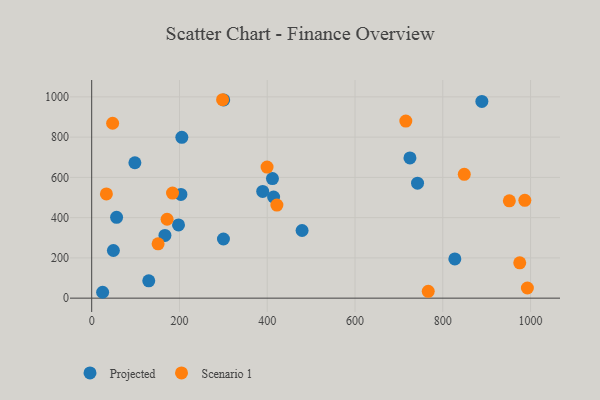
{"axis": {"x": "Speed", "y": "Profit"}, "legend": ["Projected", "Scenario 1"], "data": [{"x": "98.4", "y": 672.8, "type": "Projected"}, {"x": "742.5", "y": 571.4, "type": "Projected"}, {"x": "411.9", "y": 593.9, "type": "Projected"}, {"x": "203.3", "y": 515.3, "type": "Projected"}, {"x": "300.8", "y": 984.8, "type": "Projected"}, {"x": "49.4", "y": 236.7, "type": "Projected"}, {"x": "205.4", "y": 798.8, "type": "Projected"}, {"x": "300.2", "y": 293.9, "type": "Projected"}, {"x": "414.5", "y": 502.5, "type": "Projected"}, {"x": "24.9", "y": 29.2, "type": "Projected"}, {"x": "56.7", "y": 401.4, "type": "Projected"}, {"x": "479.4", "y": 336.1, "type": "Projected"}, {"x": "889.1", "y": 977.4, "type": "Projected"}, {"x": "197.8", "y": 363.7, "type": "Projected"}, {"x": "389.7", "y": 530.1, "type": "Projected"}, {"x": "166.9", "y": 311.7, "type": "Projected"}, {"x": "130.0", "y": 86.3, "type": "Projected"}, {"x": "725.2", "y": 696.9, "type": "Projected"}, {"x": "827.5", "y": 194.9, "type": "Projected"}, {"x": "992.8", "y": 50.4, "type": "Scenario 1"}, {"x": "399.6", "y": 651.1, "type": "Scenario 1"}, {"x": "298.3", "y": 985.8, "type": "Scenario 1"}, {"x": "171.8", "y": 392.0, "type": "Scenario 1"}, {"x": "422.0", "y": 462.3, "type": "Scenario 1"}, {"x": "47.7", "y": 869.0, "type": "Scenario 1"}, {"x": "975.4", "y": 175.6, "type": "Scenario 1"}, {"x": "766.9", "y": 33.8, "type": "Scenario 1"}, {"x": "715.8", "y": 879.9, "type": "Scenario 1"}, {"x": "951.7", "y": 483.5, "type": "Scenario 1"}, {"x": "33.5", "y": 517.9, "type": "Scenario 1"}, {"x": "184.2", "y": 522.1, "type": "Scenario 1"}, {"x": "849.0", "y": 615.4, "type": "Scenario 1"}, {"x": "987.0", "y": 486.1, "type": "Scenario 1"}, {"x": "151.3", "y": 270.1, "type": "Scenario 1"}]}